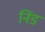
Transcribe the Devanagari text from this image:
निंड